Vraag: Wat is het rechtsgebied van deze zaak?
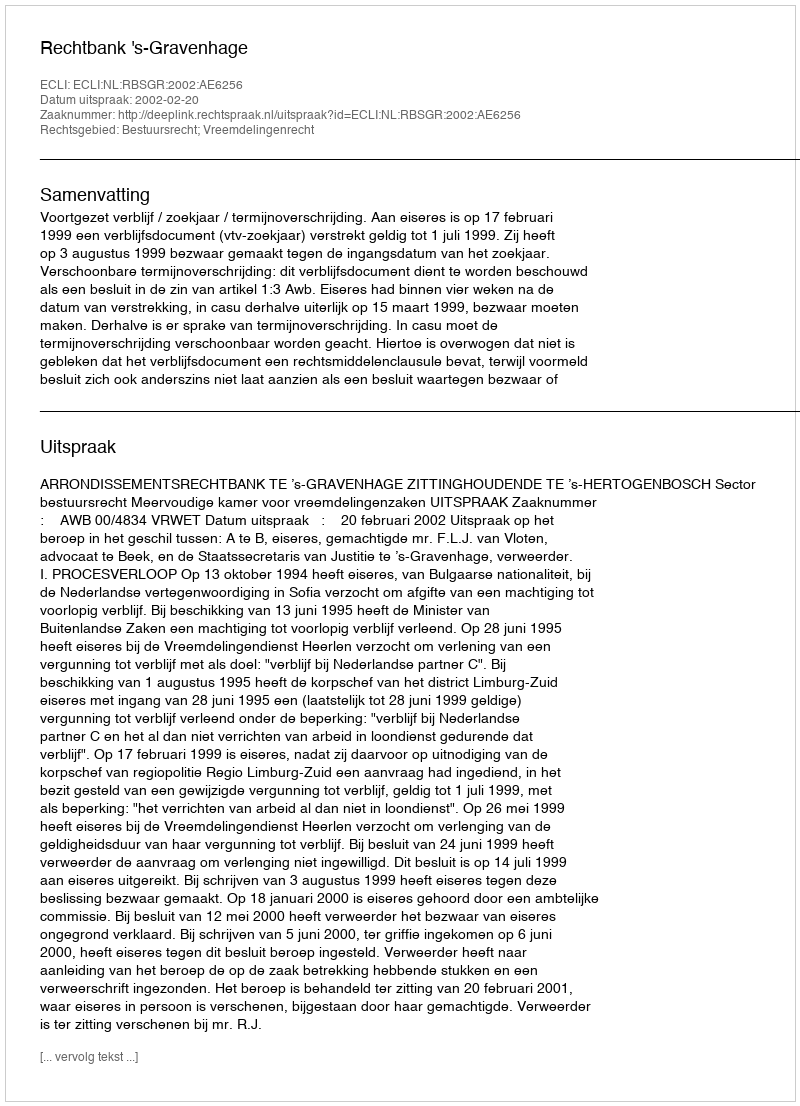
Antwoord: Bestuursrecht; Vreemdelingenrecht